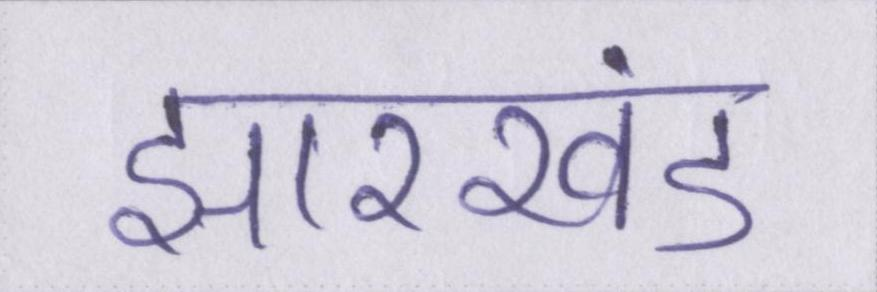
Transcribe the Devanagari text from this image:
झारखंड